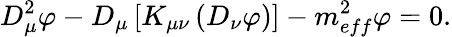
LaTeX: D_{\mu}^{2}\varphi-D_{\mu}\left[K_{\mu\nu}\left(D_{\nu}\varphi\right)\right]-m_{eff}^{2}\varphi=0.